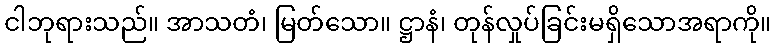
ငါဘုရားသည်။ အာသတံ၊ မြတ်သော။ ဋ္ဌာနံ၊ တုန်လှုပ်ခြင်းမရှိသောအရာကို။